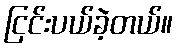
ငြင်းပယ်ခဲ့တယ်။